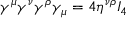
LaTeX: \gamma ^ { \mu } \gamma ^ { \nu } \gamma ^ { \rho } \gamma _ { \mu } = 4 \eta ^ { \nu \rho } I _ { 4 }